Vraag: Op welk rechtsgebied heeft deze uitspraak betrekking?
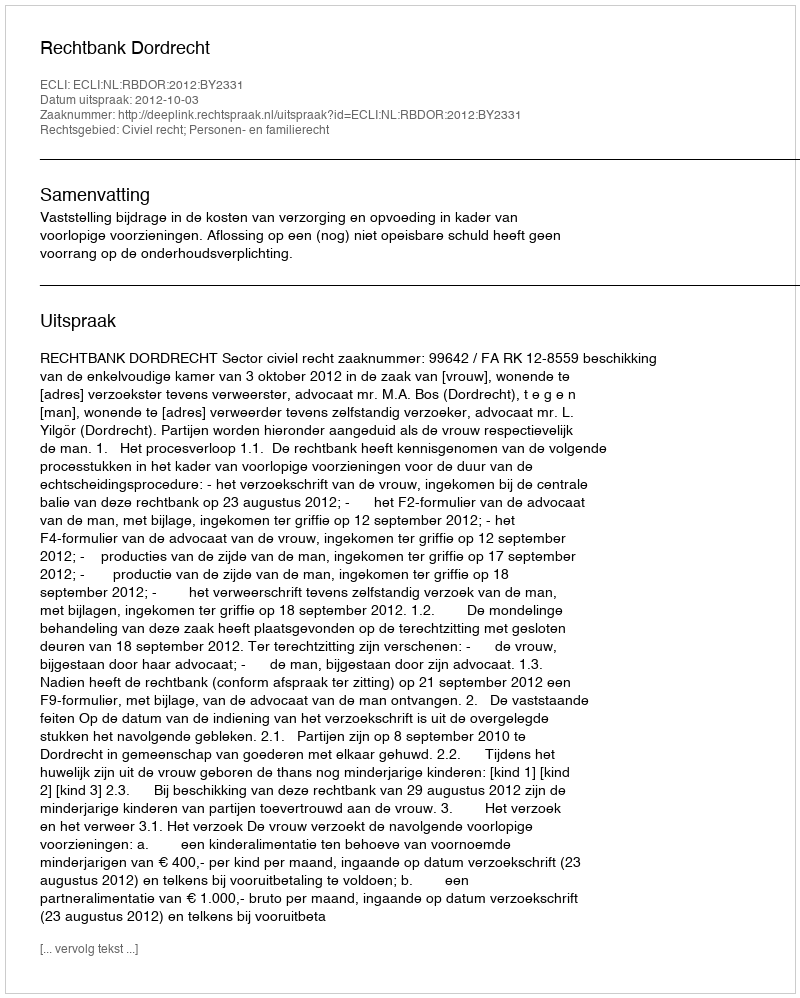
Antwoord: Civiel recht; Personen- en familierecht